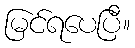
မြင်ရပေပြီ။